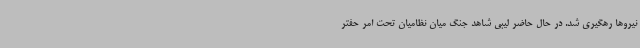
نیروها رهگیری شد. در حال حاضر لیبی شاهد جنگ میان نظامیان تحت امر حفتر